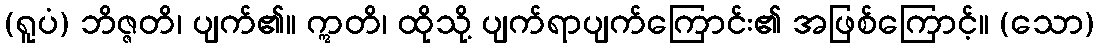
(ရူပံ) ဘိဇ္ဇတိ၊ ပျက်၏။ ဣတိ၊ ထိုသို့ ပျက်ရာပျက်ကြောင်း၏ အဖြစ်ကြောင့်။ (သော)